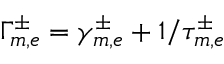
\Gamma _ { m , e } ^ { \pm } = \gamma _ { m , e } ^ { \pm } + 1 / \tau _ { m , e } ^ { \pm }